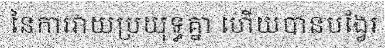
នៃការវាយប្រយុទ្ធគ្នា ហើយបានបង្វែរ